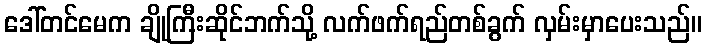
ဒေါ်တင်မေက ချိုကြီးဆိုင်ဘက်သို့ လက်ဖက်ရည်တစ်ခွက် လှမ်းမှာပေးသည်။